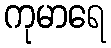
ကုမာရေ